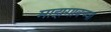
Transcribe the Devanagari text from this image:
माझगावच्या